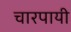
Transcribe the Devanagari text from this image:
चारपायी